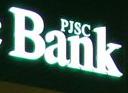
bank